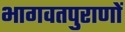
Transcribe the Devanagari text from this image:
भागवतपुराणों